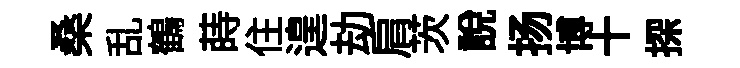
桑乱鶴蒔住遑劫肩茨說扬博十探